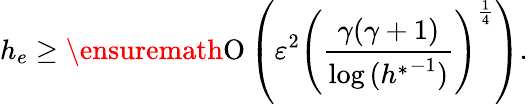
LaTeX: h_{e}\geq\ensuremath{\operatorname{O}\left(\varepsilon^{2}\left(\frac{\gamma(\gamma+1)}{\log{({h^{\ast}}^{-1})}}\right)^{\frac{1}{4}}\right)}.